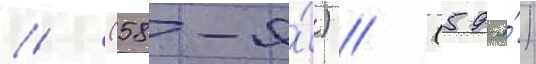
// (58-я́) // (59-я́)